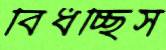
বিঁধচ্ছিস